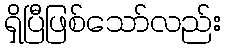
ရှိပြီဖြစ်သော်လည်း